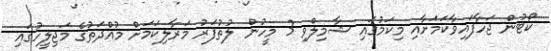
ކޯޓުން ޖަހާފައިވާކަމަށާއި މިކަމުގައި ޝާމިލްވި 3 މީހުން ލުތުފަރު މަރާލިކަމަށް މުއްދަތުގެ މަޖިލީހުގައި